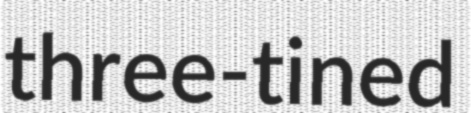
three-tined